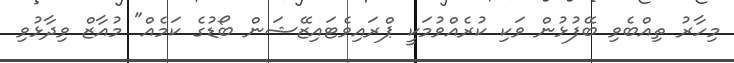
މިހާރު ތިއްބެވި ބޭފުޅުން ވަކި ކުރެއްވުމަކީ ޕްރައިވެޓައިޒޭޝަން ބޯޑުގެ ކަމެއް" މުއާޒް ވިދާޅުވި